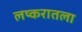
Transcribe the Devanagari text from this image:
लष्करातला